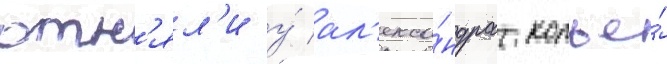
отн'ял'и у́ ал'екса́ндра копье́